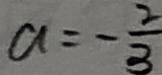
a = - \frac { 2 } { 3 }